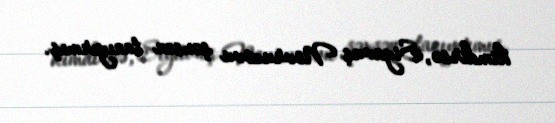
kimdirsə, Siyavuş Novruzovu şəxsən tanıyırmış.